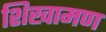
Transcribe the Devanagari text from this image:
शिखामण